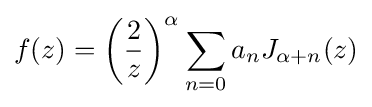
f(z)=\left({\frac {2}{z}}\right)^{\alpha }\sum _{n=0}a_{n}J_{\alpha +n}(z)